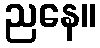
ညနေ။